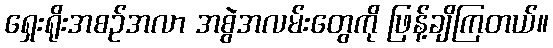
ရှေးရိုးအစဉ်အလာ အစွဲအလမ်းတွေကို ဖြန့်ချိကြတယ်။